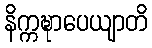
နိက္ကဍ္ဎာပေယျာတိ